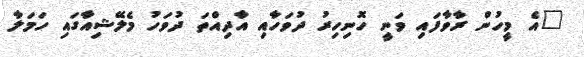
"އެ މީހުން ރާވާފައި ވަނީ ހޮނިހިރު ދުވަހާއި އާދިއްތަ ދުވަހު މެލޭޝިއާގައި ހަމަލާ